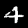
Label: 4